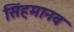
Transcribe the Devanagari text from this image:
सिंहमानव